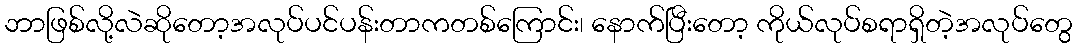
ဘာဖြစ်လို့လဲဆိုတော့အလုပ်ပင်ပန်းတာကတစ်ကြောင်း၊ နောက်ပြီးတော့ ကိုယ်လုပ်စရာရှိတဲ့အလုပ်တွေ